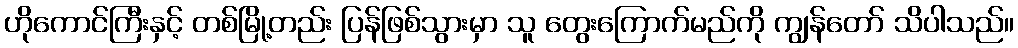
ဟိုကောင်ကြီးနှင့် တစ်မြို့တည်း ပြန်ဖြစ်သွားမှာ သူ တွေးကြောက်မည်ကို ကျွန်တော် သိပါသည်။